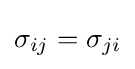
\sigma _{ij}=\sigma _{ji}